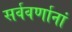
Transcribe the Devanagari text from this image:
सर्ववर्णानां